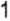
1